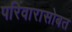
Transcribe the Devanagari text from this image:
परिवारासोबत